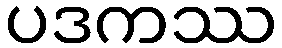
ပဒကဿ